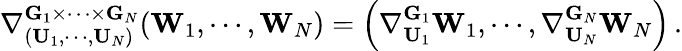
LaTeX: \nabla_{(\mathbf{U}_{1},\cdots,\mathbf{U}_{N})}^{\mathbf{G}_{1}\times\cdots\times\mathbf{G}_{N}}(\mathbf{W}_{1},\cdots,\mathbf{W}_{N})=\left(\nabla_{\mathbf{U}_{1}}^{\mathbf{G}_{1}}\mathbf{W}_{1},\cdots,\nabla_{\mathbf{U}_{N}}^{\mathbf{G}_{N}}\mathbf{W}_{N}\right)\, .